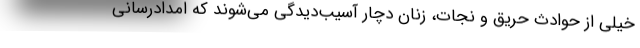
خیلی از حوادث حریق و نجات، زنان دچار آسیب‌دیدگی می‌شوند که امدادرسانی